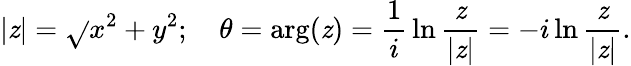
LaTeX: |\mathit{z}|={\sqrt{}{{x^{2}+y^{2}}}};\quad\theta=\arg(\mathit{z})={\frac{{1}}{{i}}}\ln{\frac{{\mathit{z}}}{{|\mathit{z}|}}}=-i\ln{\frac{{\mathit{z}}}{{|\mathit{z}|}}}.